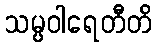
သမ္ပဝါရေတီတိ